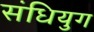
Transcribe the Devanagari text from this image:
संधियुग